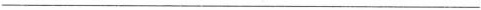
___